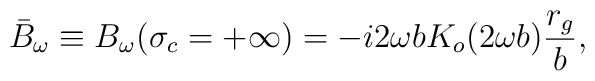
\bar{B}_\omega\equiv B_{\omega}(\sigma_c=+\infty)=-i2\omega b K_o(2\omega b)\frac{r_g}{b},